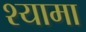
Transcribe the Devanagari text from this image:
श्‍यामा